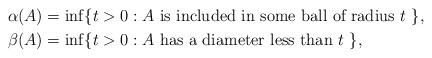
LaTeX: \begin{align*}\alpha(A) &= \inf \{ t > 0 : A \mbox{ is included in some ball of radius $t$ } \}, \\\beta(A) &= \inf \{ t > 0 : A \mbox{ has a diameter less than $t$ } \},\end{align*}